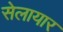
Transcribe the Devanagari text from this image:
सेलायार